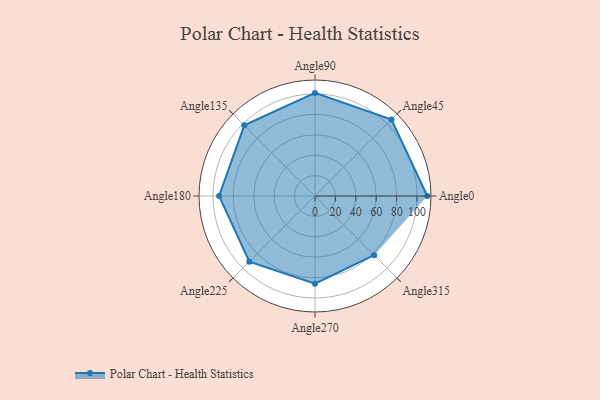
{"axis": {"x": "Angle", "y": "Radius"}, "legend": [""], "data": [{"x": "Angle0", "y": 110.0, "type": ""}, {"x": "Angle45", "y": 106.0, "type": ""}, {"x": "Angle90", "y": 101.0, "type": ""}, {"x": "Angle135", "y": 98.0, "type": ""}, {"x": "Angle180", "y": 94.0, "type": ""}, {"x": "Angle225", "y": 91.0, "type": ""}, {"x": "Angle270", "y": 86.0, "type": ""}, {"x": "Angle315", "y": 82.0, "type": ""}]}